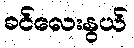
ခင်လေးနွယ်